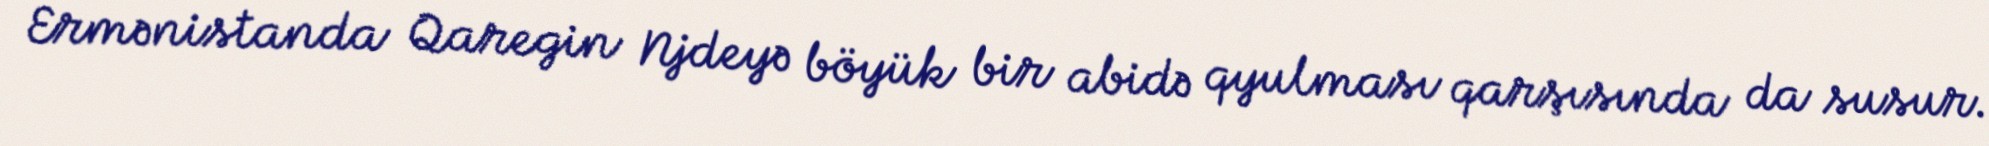
Ermənistanda Qaregin Njdeyə böyük bir abidə qyulması qarşısında da susur.